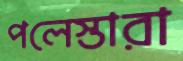
পলেস্তারা